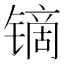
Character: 镝